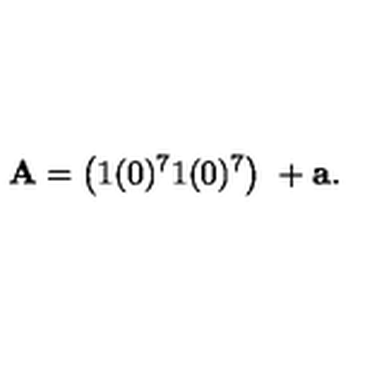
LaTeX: { \bf A } = \left( 1 ( 0 ) ^ { 7 } 1 ( 0 ) ^ { 7 } \right) \ + { \bf a } .